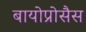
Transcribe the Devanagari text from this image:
बायोप्रोसैस